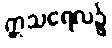
ဣသရေလ၌